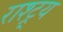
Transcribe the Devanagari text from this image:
राश्ट्र्य